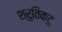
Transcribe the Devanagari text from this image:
श्रुतिकटु